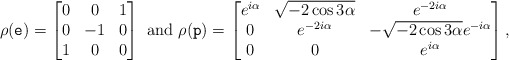
\begin{align*} \rho(\tt e)=\begin{bmatrix}0 & 0 & 1\\0 & -1 & 0\\1 & 0 & 0\end{bmatrix}\mbox{ and }\rho(\tt p)=\begin{bmatrix}e^{i\alpha} & \sqrt{-2\cos{3\alpha}} & e^{-2i\alpha}\\ 0 &e^{-2i\alpha} &-\sqrt{-2\cos{3\alpha}}e^{-i\alpha} \\ 0 & 0 & e^{i\alpha} \end{bmatrix},\end{align*}